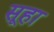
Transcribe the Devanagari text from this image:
सूहा